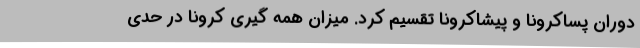
دوران پساکرونا و پیشاکرونا تقسیم کرد. میزان همه گیری کرونا در حدی